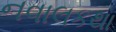
નવાલકથા